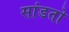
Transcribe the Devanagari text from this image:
सांडतो